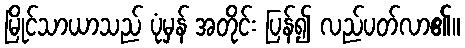
မြိုင်သာယာသည် ပုံမှန် အတိုင်း ပြန်၍ လည်ပတ်လာ၏။